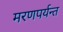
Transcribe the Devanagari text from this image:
मरणपर्यन्त